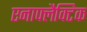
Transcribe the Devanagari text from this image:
एनाफ्लैक्टिक